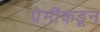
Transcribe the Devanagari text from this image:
प्रेमींकडून